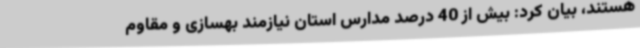
هستند، بیان کرد: بیش از 40 درصد مدارس استان نیازمند بهسازی و مقاوم